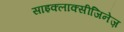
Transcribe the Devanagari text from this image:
साइक्लाक्सीजिनेज़